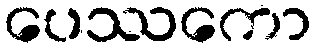
ပေဿကော